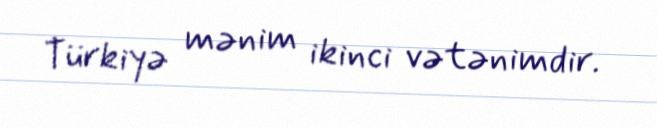
Türkiyə mənim ikinci vətənimdir.